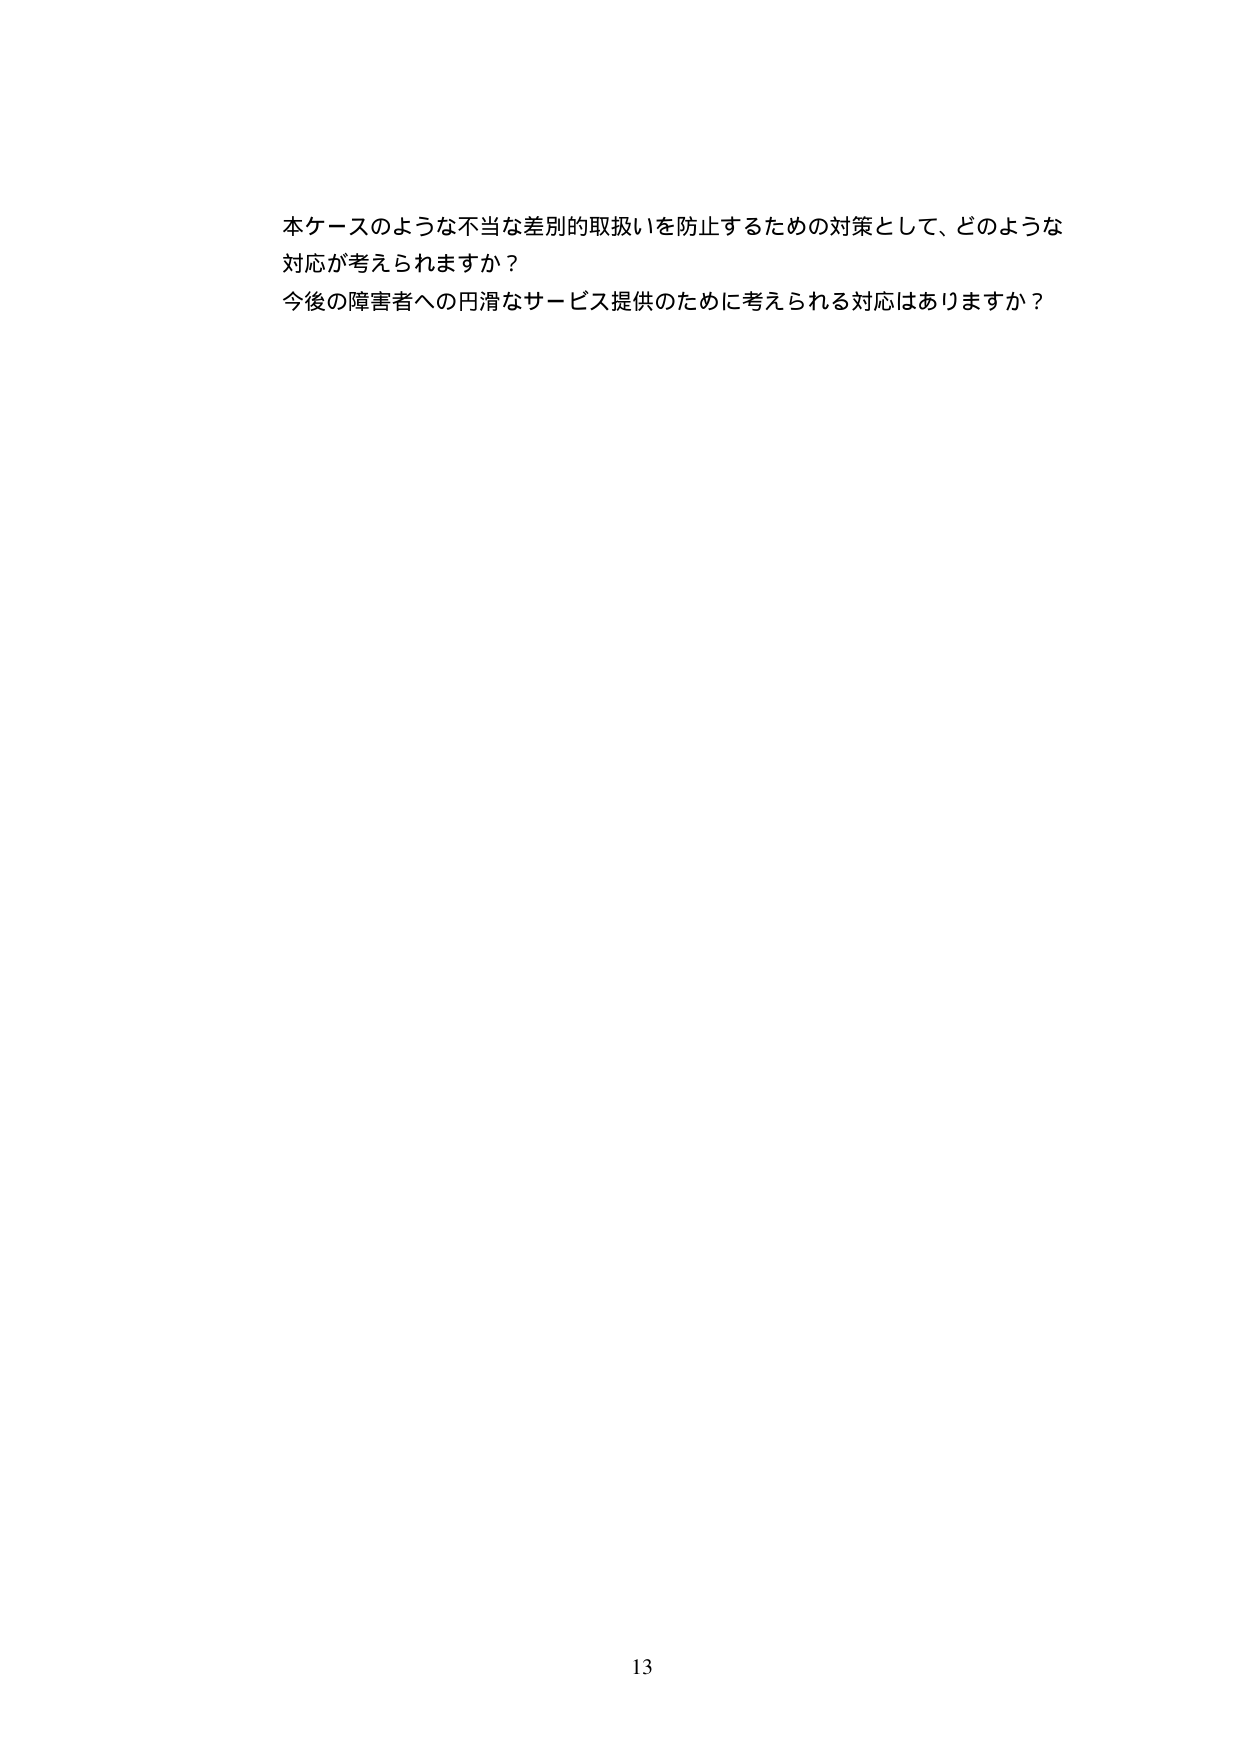
本ケースのような不当な差別的取扱いを防止するための対策として、どのような
対応が考えられますか？
今後の障害者への円滑なサービス提供のために考えられる対応はありますか？

13